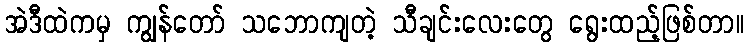
အဲဒီထဲကမှ ကျွန်တော် သဘောကျတဲ့ သီချင်းလေးတွေ ရွေးထည့်ဖြစ်တာ။